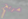
مربح